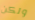
ولكن